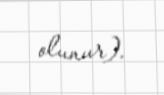
olunur).